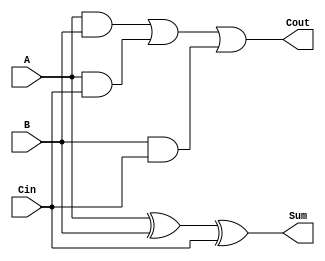
module onebitadder(A, B, Cin, Sum, Cout);
	input A, B, Cin;
	output Sum, Cout;
	reg Sum, Cout;
	reg T1, T2, T3;
	always 
		@ (A or B or Cin) begin
			Sum = A ^ B ^ Cin;
			T1 = A & B;
			T2 = A & Cin;
			T3 = B & Cin;
			Cout = T1 | T2 | T3;
		end
endmodule

module fourbitsadder(FA, FB, FCin, FSum, FCout);
	parameter N = 4;
	input [N : 1] FA, FB;
	output [N : 1] FSum;
	input FCin;
	output FCout;
	wire [N : 1] FTemp;
	onebitadder	
	FA1(.A(FA[1]), .B(FB[1]), .Cin(FCin), .Sum(FSum[1]), .Cout(FTemp[1])), 
	FA2(.A(FA[2]), .B(FB[2]), .Cin(FTemp[1]), .Sum(FSum[2]), .Cout(FTemp[2])),
	FA3(.A(FA[3]), .B(FB[3]), .Cin(FTemp[2]), .Sum(FSum[3]), .Cout(FTemp[3])),
	FA4(.A(FA[4]), .B(FB[4]), .Cin(FTemp[3]), .Sum(FSum[4]), .Cout(FCout));
endmodule

module adder(A, B, Sum);
	parameter N = 16;
	input [N : 1] A, B;
	output [N : 1] Sum;
	wire Cin[N : 0];
	assign Cin[0] = 0;
	fourbitsadder
	FA1(.FA(A[4 : 1]), .FB(B[4 : 1]), .FCin(Cin[0]), .FSum(Sum[4 : 1]), .FCout(Cin[4])),
	FA2(.FA(A[8 : 5]), .FB(B[8 : 5]), .FCin(Cin[4]), .FSum(Sum[8 : 5]), .FCout(Cin[8])),
	FA3(.FA(A[12 : 9]), .FB(B[12 : 9]), .FCin(Cin[8]), .FSum(Sum[12 : 9]), .FCout(Cin[12])),
	FA4(.FA(A[16 : 13]), .FB(B[16 : 13]), .FCin(Cin[12]), .FSum(Sum[16 : 13]), .FCout(Cin[16]));
endmodule